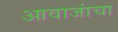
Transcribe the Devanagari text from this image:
आवाजांचा